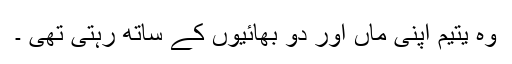
وہ یتیم اپنی ماں اور دو بھائیوں کے ساتھ رہتی تھی ۔